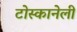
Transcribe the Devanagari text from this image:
टोस्कानेली